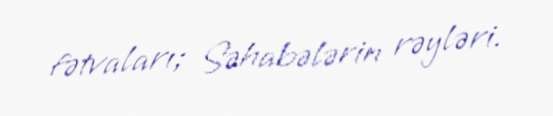
fətvaları; Səhabələrin rəyləri.